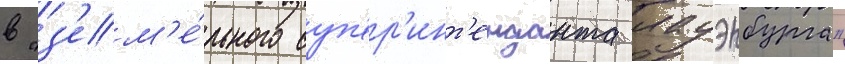
в "з'ем'е́льного суп'ер'инт'енданта лауэнбурга"